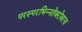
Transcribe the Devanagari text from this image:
परस्‍परभिन्‍नतेबरोबरच